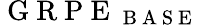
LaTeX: \mathrm{~G~R~P~E~}_{\mathrm{~B~A~S~E~}}